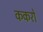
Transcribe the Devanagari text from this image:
ककरो